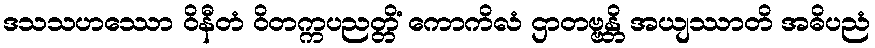
ဒသသဟဿော ဝိနီတံ ဝိတက္ကပညတ္တိံ ကောကိလံ ဌာတဗ္ဗန္တိ အယျဿာတိ အဓိပညံ